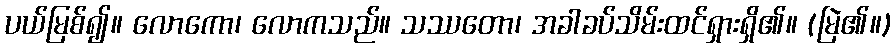
ပယ်မြစ်၍။ လောကော၊ လောကသည်။ သဿတော၊ အခါခပ်သိမ်းထင်ရှားရှိ၏။ (မြဲ၏။)